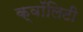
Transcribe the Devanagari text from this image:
क्वॉलिटी